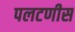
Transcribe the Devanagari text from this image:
पलटणीस